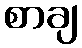
စာချ